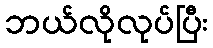
ဘယ်လိုလုပ်ပြီး